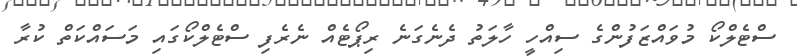
ސްޓެލްކޯ މުވައްޒަފުންގެ ސިއްހީ ހާލަތު ދެނެގަނެ ރިޕޯޓެއް ނެރެފި ސްޓެލްކޯގައި މަސައްކަތް ކުރާ